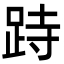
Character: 跱